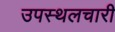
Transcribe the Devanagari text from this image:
उपस्थलचारी